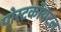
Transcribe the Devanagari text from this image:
पोस्टकॉयटल